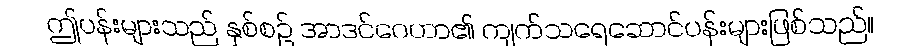
ဤပန်းများသည် နှစ်စဉ် အာဒင်ဂေဟာ၏ ကျက်သရေဆောင်ပန်းများဖြစ်သည်။